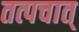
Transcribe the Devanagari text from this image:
तत्पचात्